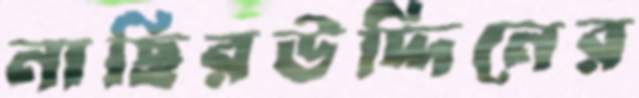
নাছিরউদ্দিনের